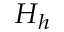
H _ { h }